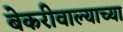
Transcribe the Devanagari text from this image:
बेकरीवाल्याच्या